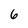
Character: 6